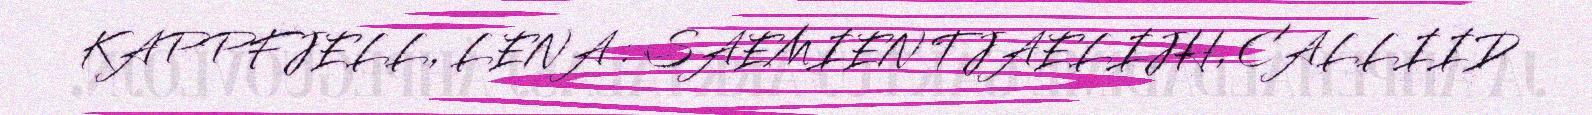
KAPPFJELL, LENA : SAEMIEN TJAELIJH, CALLIID